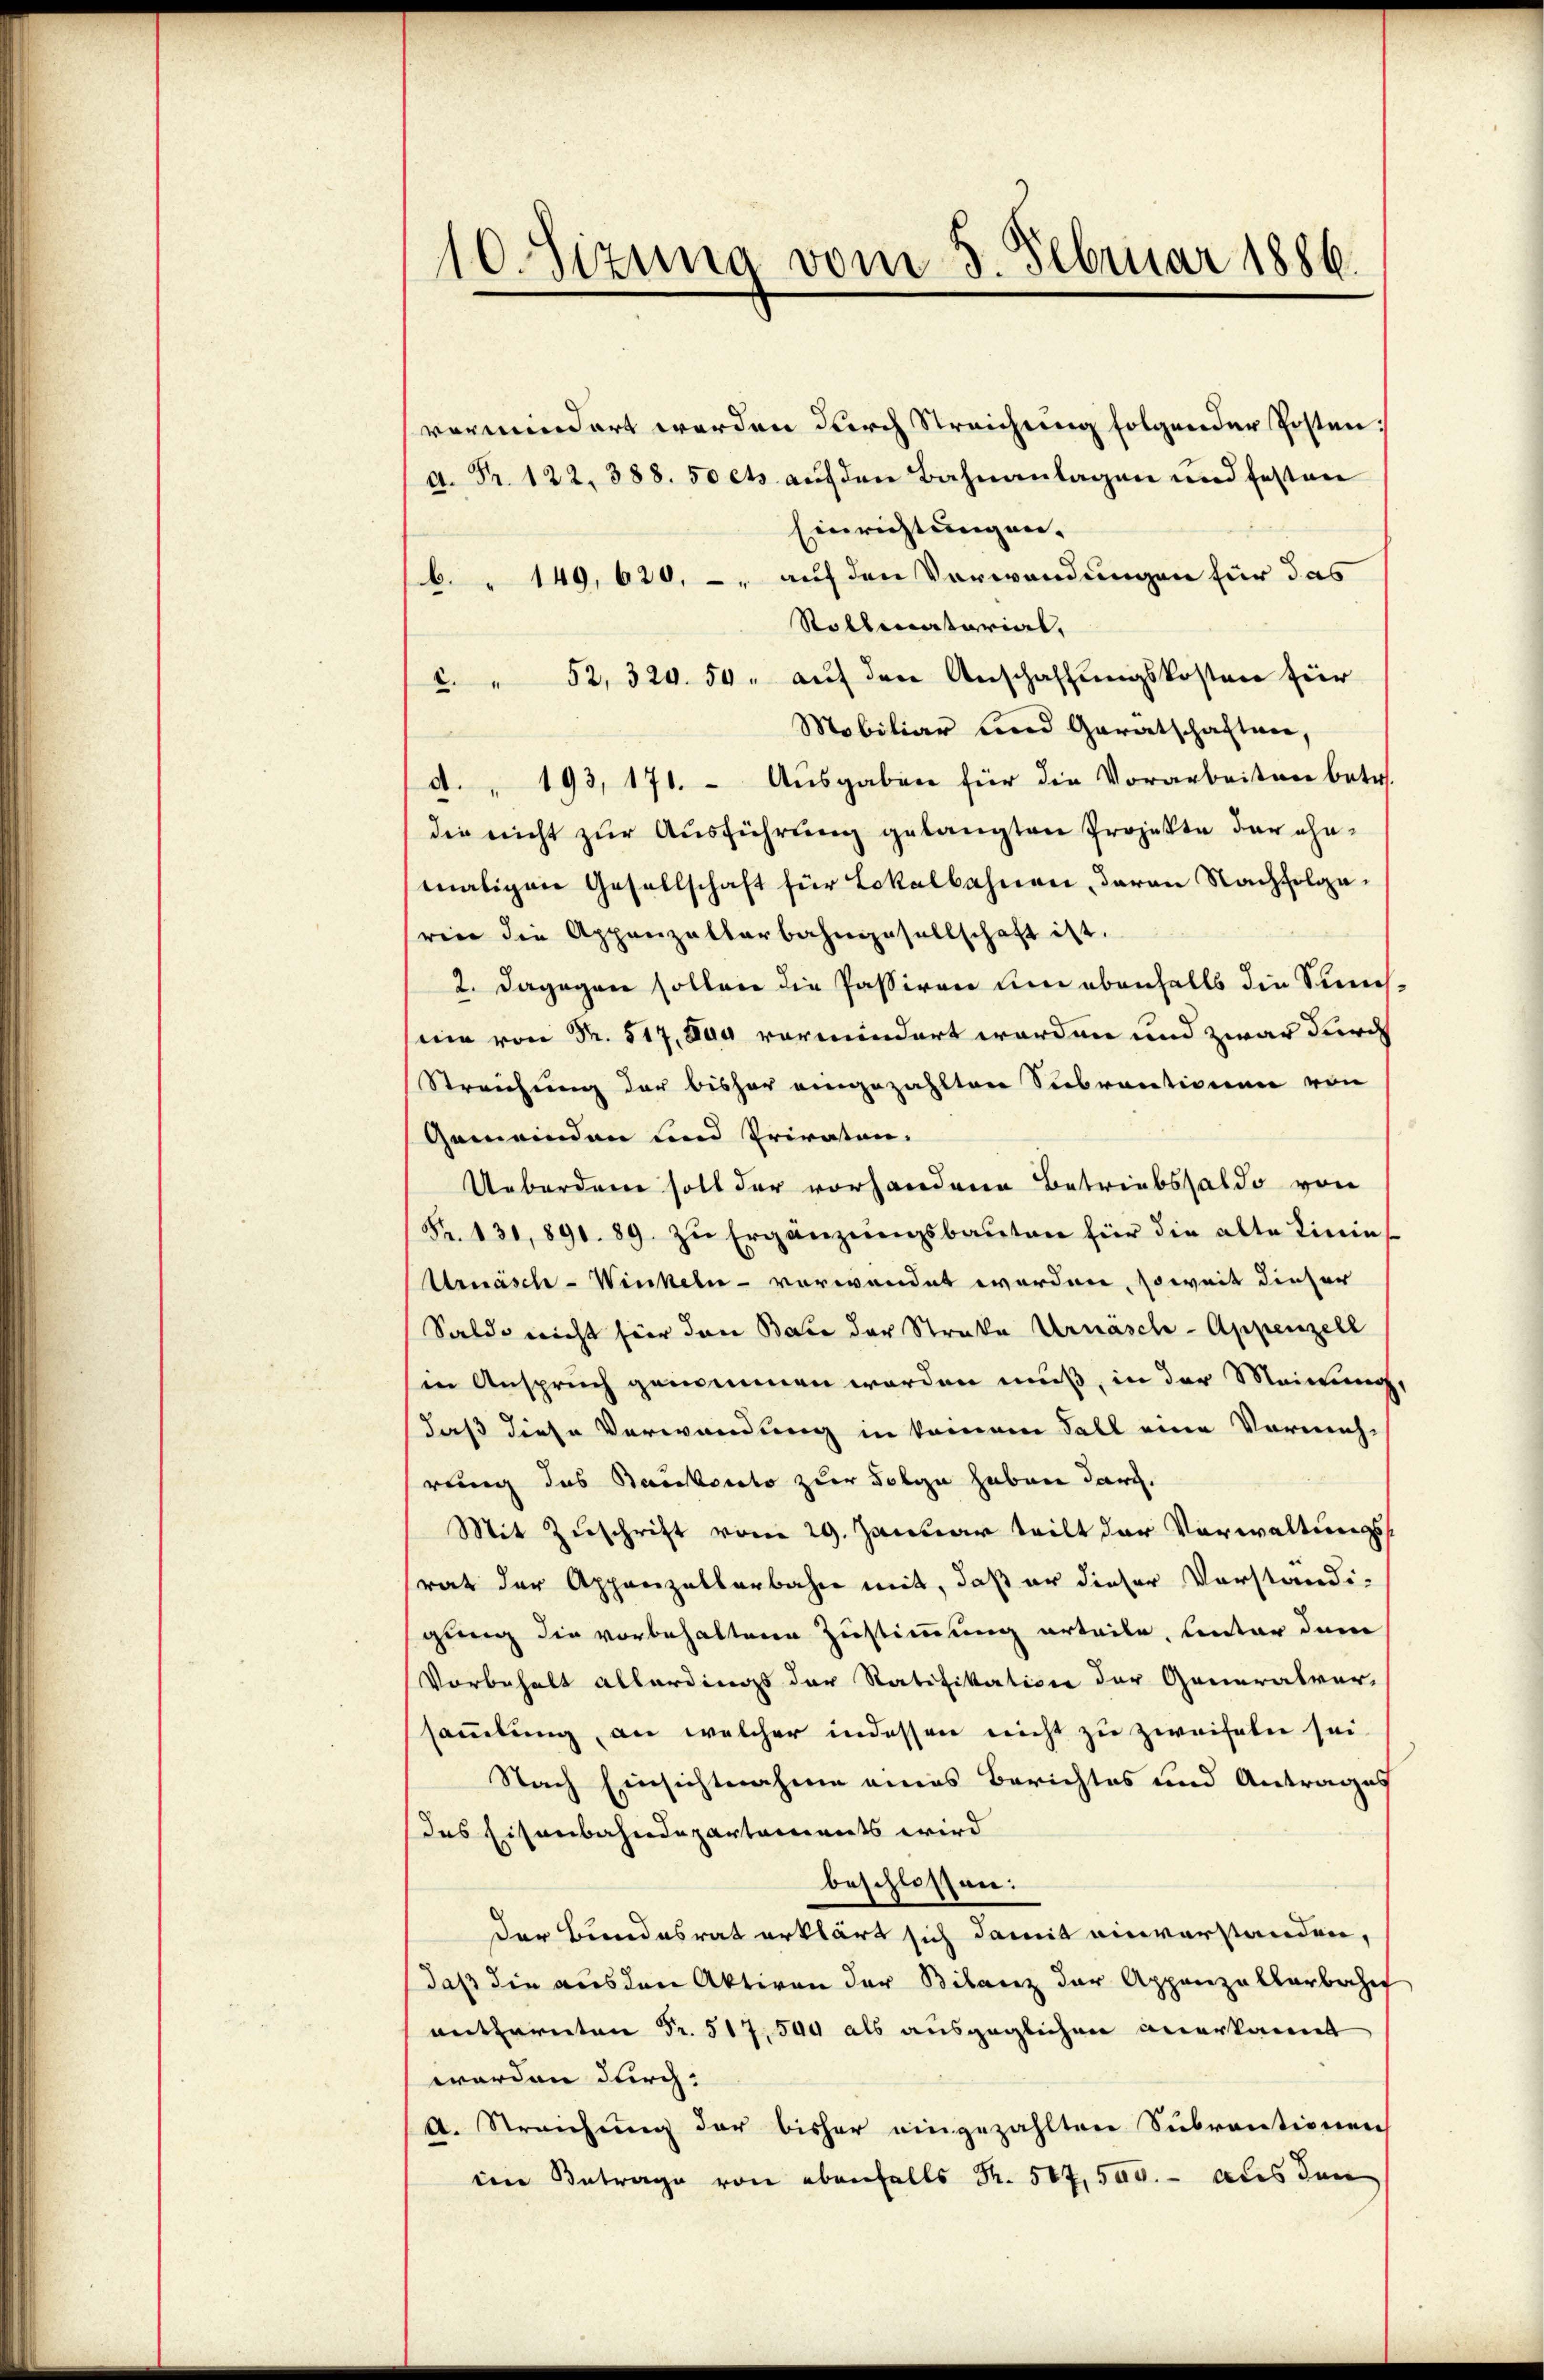
10. Sizina vom 5. Februar 1886.

vermindert werden durch Streichung folgender Posten;
A. Fr. 122, 388. 50 cts. auf den Bahnanlagen und festen
Einrichtungen.
" 149, 620, – auf den Verwendungen für das
Rollmatorial,
c. " 52, 320. 50. aŭf den Anschaffungskosten für
Mobiliar und Garatschaften,
d. 193, 171. Ausgaben für die Vorarbeiten betr.
die nicht zŭr Aŭsführung gelangten Projekte der ehemaligen Gesellschaft für Lokalbahnen, daran Nachfolgeren die Appenzelterbahngesellschaft ist.
2. dagegen sollen die Passiven um ebenfalls die Sünchsine von Nr. 517, das vermindert worden und zwar durch
Streichung der bisher eingezahlten Subventionen von
Gemeinden und Privaten.
Ueberden soll der vorhanderen Betriebssaldo von
Fr. 131. 891. 89. zŭ Ergänzŭngsbaŭten für die alte Linie
Urnäsche - Winkeln - verwendet worden, soweit dieser
Saldo nicht hier dann Bace der Straße Urnäsch-Appenzell
sen Anspruch genommen worden muß, in der Meinung
daß diese Verwendung in keinem Fall eine Vormuhrung des Backersto zur Folge haben darf.
Mit Zuschrift vom 29. Januar teilt der Vorwaltungsrat der Appenzellerbahn mit, daß er dieser Vorständi-
gung die vorbehaltene Zustimmung urteile, unter dem
Vorbehalt allerdings der Ratifikation der Generalver-
sammlung, an welcher indessen nicht zu zweifeln sei.
Nach Einsichtnahme eines Berichtes und Antrages
das Eisenbahndepartaments wird
beschlossen:
der Bundesrat erklärt sich damit einverstanden,
daß die aus den Aktiven der Bilanz der Appenzellarbachef
entfernten Fr. 517,500 als ausgeglichen anerkannt
worden durch
dt. Streichung der bisher eingezahlten Subventionen
in Betrage von ebenfalls Nr. 507, 500.- aus den